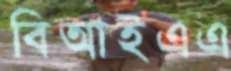
বিআইএএ